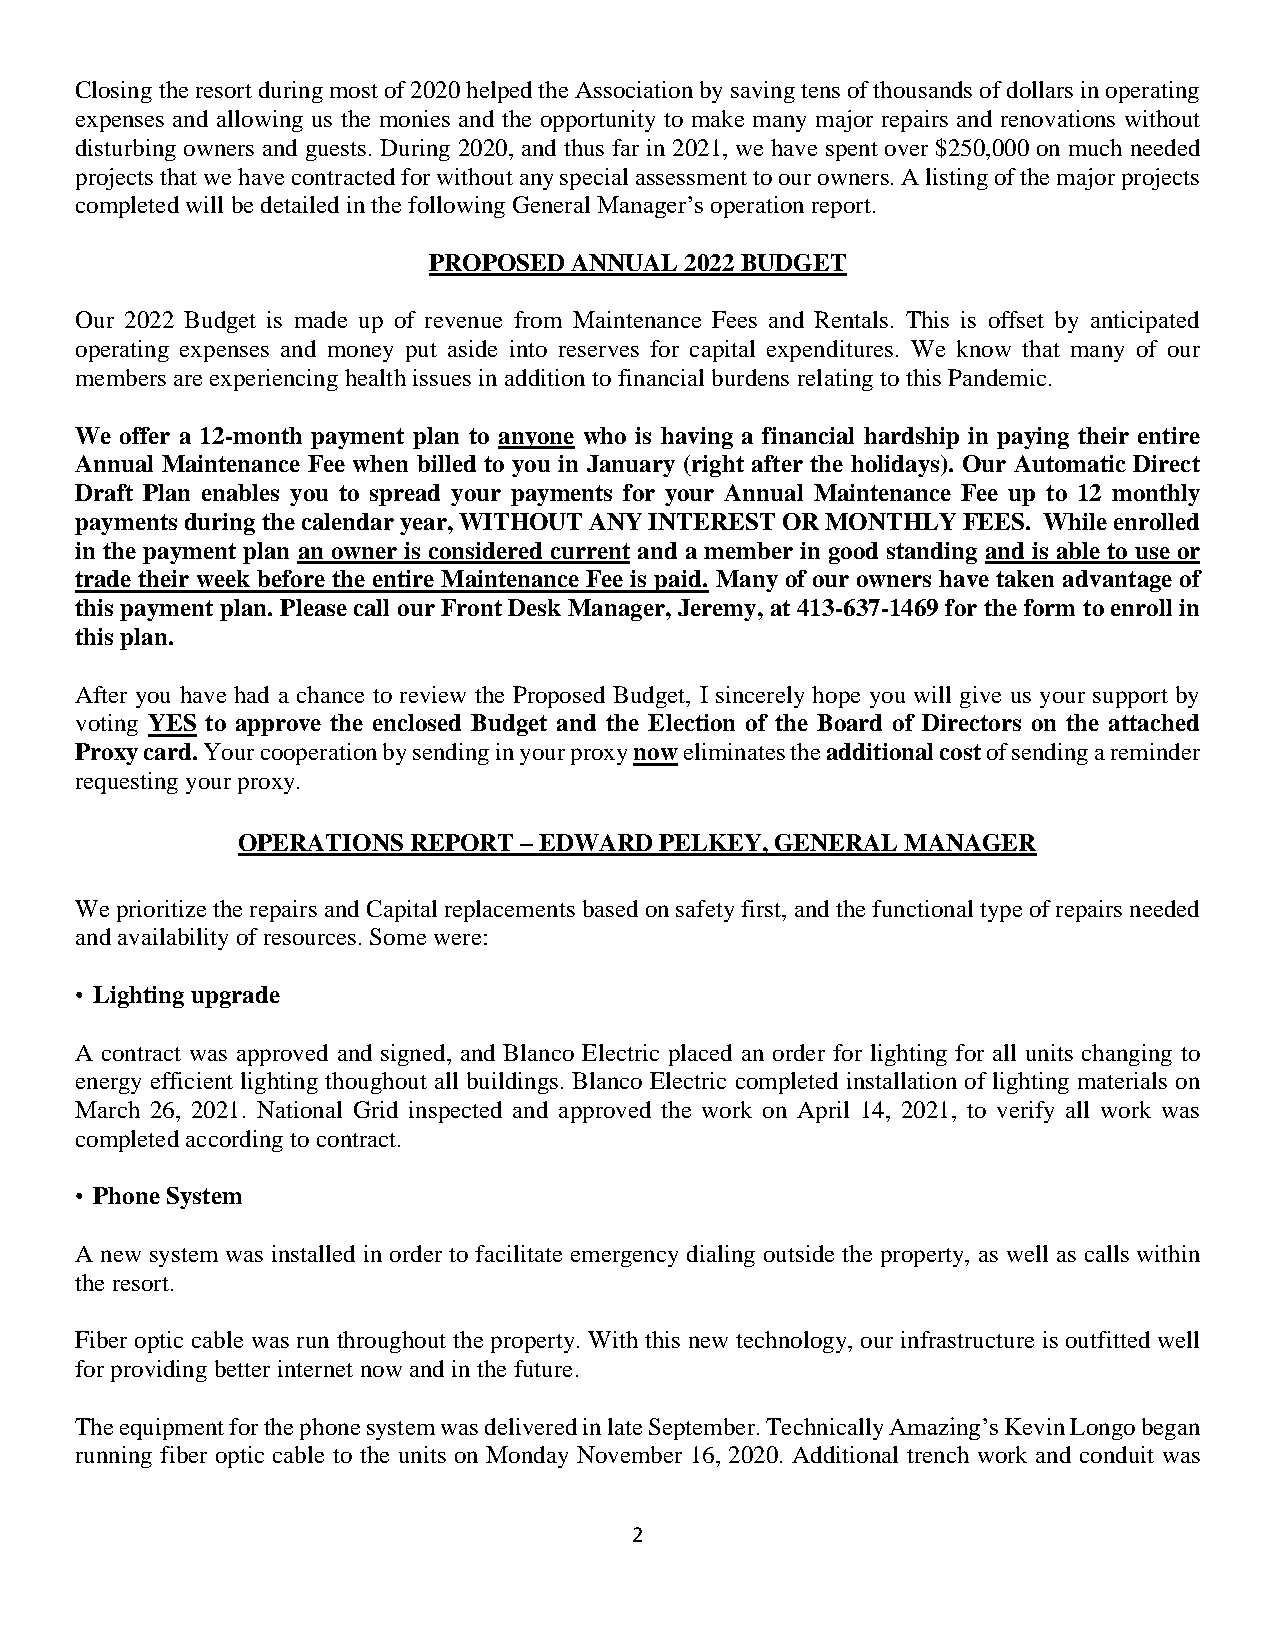
Closing the resort during most of 2020 helped the Association by saving tens of thousands of dollars in operating
 expenses and allowing us the monies and the opportunity to make many major repairs and renovations without
 disturbing owners and guests. During 2020, and thus far in 2021, we have spent over $250,000 on much needed
 projects that we have contracted for without any special assessment to our owners. A listing of the major projects
 completed will be detailed in the following General Manager’s operation report.
 PROPOSED  ANNUAL 2022 BUDGET
 Our 2022 Budget is made up of revenue from Maintenance Fees and Rentals. This is offset by anticipated
 operating expenses and money put aside into reserves for capital expenditures. We know that many of our
 members are experiencing health issues in addition to financial burdens relating to this Pandemic.
 We offer a 12-month payment plan to anyone who is having a financial hardship in paying their entire
 Annual Maintenance Fee when billed to you in January (right after the holidays). Our Automatic Direct
 Draft Plan enables you to spread your payments for your Annual Maintenance Fee up to 12 monthly
 payments during the calendar year, WITHOUT ANY INTEREST OR MONTHLY FEES. While enrolled
 in the payment plan an owner is considered current and a member in good standing and is able to use or
 trade their week before the entire Maintenance Fee is paid. Many of our owners have taken advantage of
 this payment plan. Please call our Front Desk Manager, Jeremy, at 413-637-1469 for the form to enroll in
 this plan.
 After you have had a chance to review the Proposed Budget, I sincerely hope you will give us your support by
 voting YES to approve the enclosed Budget and the Election of the Board of Directors on the attached
 Proxy card. Your cooperation by sending in your proxy now eliminates the additional cost of sending a reminder
 requesting your proxy.
 OPERATIONS REPORT – EDWARD  PELKEY, GENERAL MANAGER
 We prioritize the repairs and Capital replacements based on safety first, and the functional type of repairs needed
 and availability of resources. Some were:
 • Lighting upgrade
 A contract was approved and signed, and Blanco Electric placed an order for lighting for all units changing to
 energy efficient lighting thoughout all buildings. Blanco Electric completed installation of lighting materials on
 March 26, 2021. National Grid inspected and approved the work on April 14, 2021, to verify all work was
 completed according to contract.
 • Phone System
 A new system was installed in order to facilitate emergency dialing outside the property, as well as calls within
 the resort.
 Fiber optic cable was run throughout the property. With this new technology, our infrastructure is outfitted well
 for providing better internet now and in the future.
 The equipment for the phone system was delivered in late September. Technically Amazing’s Kevin Longo began
 running fiber optic cable to the units on Monday November 16, 2020. Additional trench work and conduit was
 2